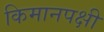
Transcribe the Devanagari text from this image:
किमानपक्षी